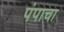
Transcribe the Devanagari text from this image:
पंपाचा